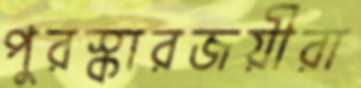
পুরস্কারজয়ীরা